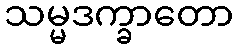
သမ္မဒက္ခာတော